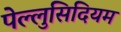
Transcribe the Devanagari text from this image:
पेल्लुसिदियम